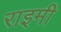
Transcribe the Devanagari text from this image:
राइमी